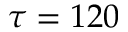
\tau = 1 2 0